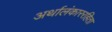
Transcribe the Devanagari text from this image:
अर्थालंकाररहिता